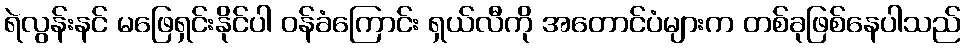
ရဲလွန်းနင် မဖြေရှင်းနိုင်ပါ ဝန်ခံကြောင်း ရှယ်လီကို အတောင်ပံများက တစ်ခုဖြစ်နေပါသည်